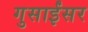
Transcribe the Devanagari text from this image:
गुसाईंसर